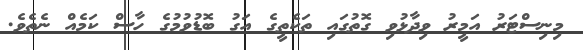
މިނިސްޓަރު އަމީރު ވިދާޅުވި ގޮތުގައި ތަކެތީގެ އަގު ބޮޑުވުމުގެ ހާސް ކަމެއް ނެތެވެ.